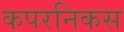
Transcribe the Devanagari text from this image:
कपरनिकस